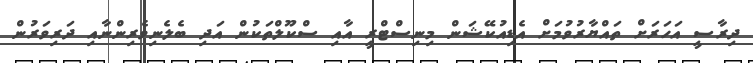
ދިރާސީ އަހަރަށް ތައްޔާރުވުމަށް އެޑިއުކޭޝަން މިނިސްޓްރީ އާއި ސްކޫލްތަކުން އަދި ބެލެނިވެރިންނާއި ދަރިވަރުން